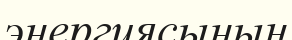
энергиясының